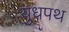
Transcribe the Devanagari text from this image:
युधपथ